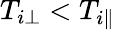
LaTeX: T_{i\perp}<T_{i\parallel}